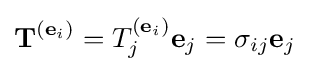
\mathbf {T} ^{(\mathbf {e} _{i})}=T_{j}^{(\mathbf {e} _{i})}\mathbf {e} _{j}=\sigma _{ij}\mathbf {e} _{j}